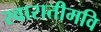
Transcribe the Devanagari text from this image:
स्वारातीमवि